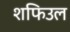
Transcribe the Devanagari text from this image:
शफिउल